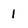
Character: 1